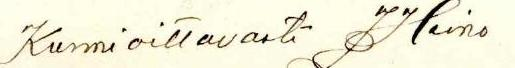
Kunnioittavasti JHeino